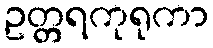
ဥတ္တရကုရုကာ